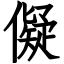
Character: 儗